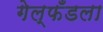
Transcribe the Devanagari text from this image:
गेल्फँडला